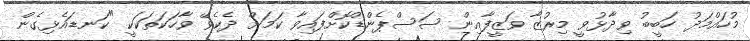
މުހައްމަދު ހަބީބު ވިދާޅުވީ މިރުޒާ ވަޒީފާއިން ސަސްޕެންޑްކޮށްފައިވާ ކަމަށް ދެކެވޭ ވާހަކަތަކަކީ "ކަނޑައެޅިގެން